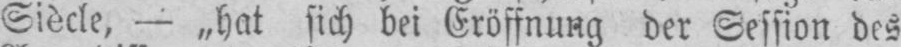
Siècle, - „hat sich bei Eröffnung der Session des